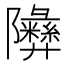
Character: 𬯧